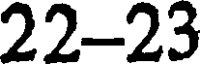
22-23